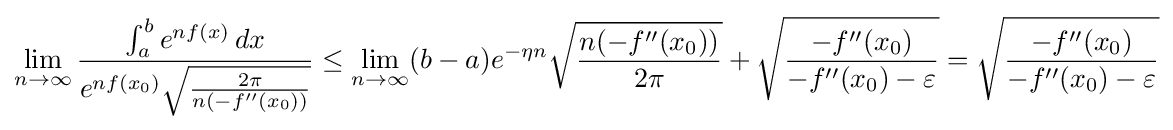
\lim _{n\to \infty }{\frac {\int _{a}^{b}e^{nf(x)}\,dx}{e^{nf(x_{0})}{\sqrt {\frac {2\pi }{n(-f''(x_{0}))}}}}}\leq \lim _{n\to \infty }(b-a)e^{-\eta n}{\sqrt {\frac {n(-f''(x_{0}))}{2\pi }}}+{\sqrt {\frac {-f''(x_{0})}{-f''(x_{0})-\varepsilon }}}={\sqrt {\frac {-f''(x_{0})}{-f''(x_{0})-\varepsilon }}}